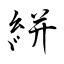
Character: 絣